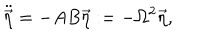
\ddot { \vec { \eta } } = - A B \vec { \eta } : = - \Omega ^ { 2 } \vec { \eta } ,